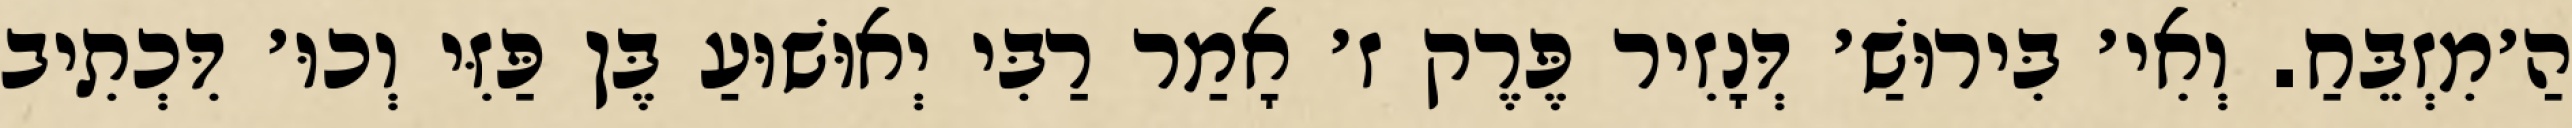
הַ׳מִזְבֵּחַ. וְאִי׳ בִּירוּשַׁ׳ דְּנָזִיר פֶּרֶק ז׳ אָמַר רַבִּי יְאוּשׁוּעַ בֶּן פַּזִּי וְכוּ׳ דִּכְתִיב